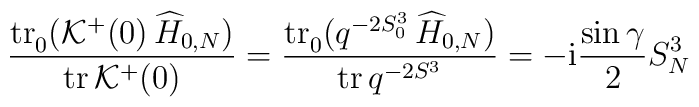
\frac{ {\rm tr}{\vphantom|}_0 \bigl( {\cal K}^+ (0) \, \widehat{H}_{0,N} \bigr) }{ {\rm tr}\, {\cal K}^+ (0) }  = \frac{ {\rm tr}{\vphantom|}_0 \bigl( q^{-2 S_0^3} \, \widehat{H}_{0,N} \bigr) }{ {\rm tr}\, q^{-2 S^3} }  = - {\rm i} \frac{\sin\gamma}{2} S_N^3